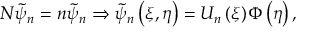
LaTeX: { \cal N } \tilde { \psi } _ { n } = n \tilde { \psi } _ { n } \Rightarrow \tilde { \psi } _ { n } \left( \xi , \eta \right) = U _ { n } \left( \xi \right) \Phi \left( \eta \right) ,